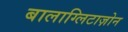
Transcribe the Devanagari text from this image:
बालाग्लिटाज़ोन